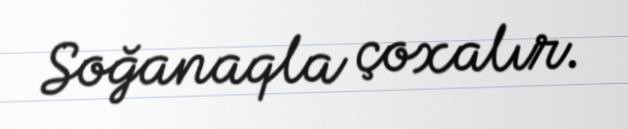
Soğanaqla çoxalır.